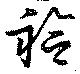
袷